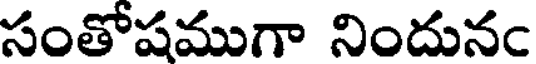
సంతోషముగా నిందునం